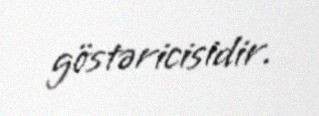
göstəricisidir.